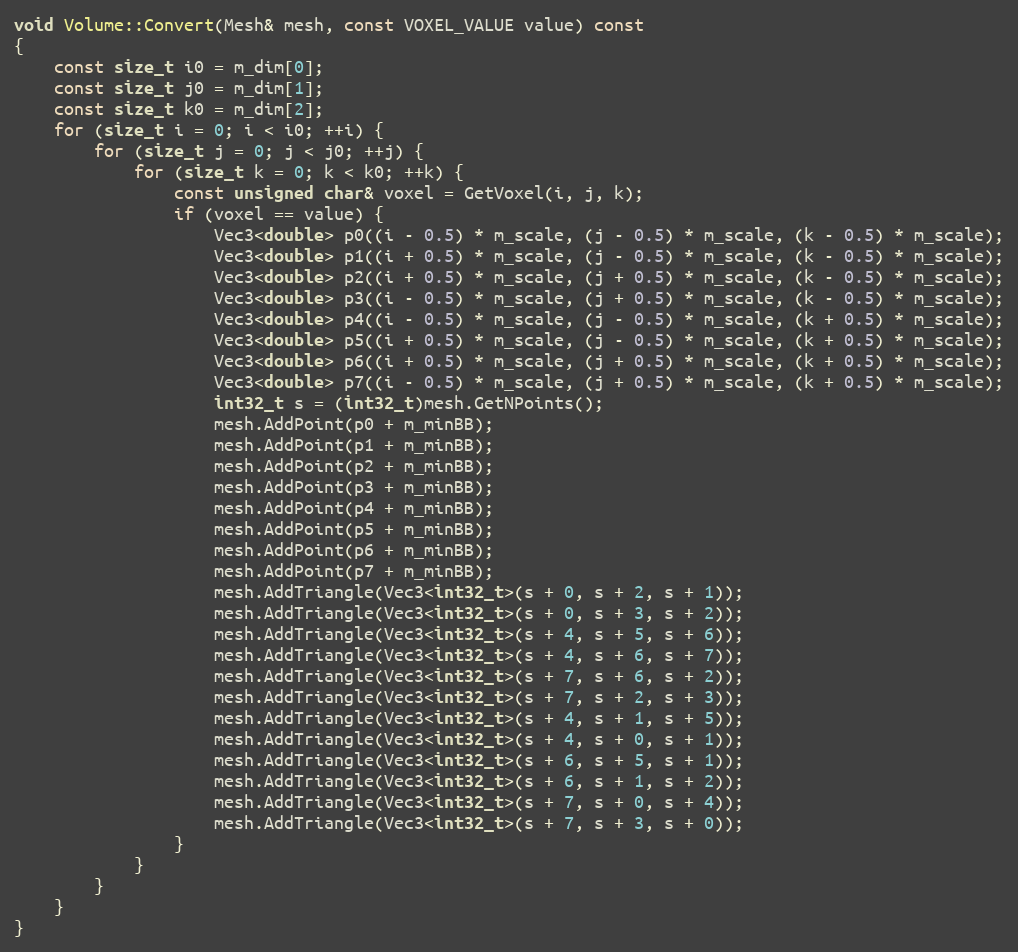
Language: C++
void Volume::Convert(Mesh& mesh, const VOXEL_VALUE value) const
{
    const size_t i0 = m_dim[0];
    const size_t j0 = m_dim[1];
    const size_t k0 = m_dim[2];
    for (size_t i = 0; i < i0; ++i) {
        for (size_t j = 0; j < j0; ++j) {
            for (size_t k = 0; k < k0; ++k) {
                const unsigned char& voxel = GetVoxel(i, j, k);
                if (voxel == value) {
                    Vec3<double> p0((i - 0.5) * m_scale, (j - 0.5) * m_scale, (k - 0.5) * m_scale);
                    Vec3<double> p1((i + 0.5) * m_scale, (j - 0.5) * m_scale, (k - 0.5) * m_scale);
                    Vec3<double> p2((i + 0.5) * m_scale, (j + 0.5) * m_scale, (k - 0.5) * m_scale);
                    Vec3<double> p3((i - 0.5) * m_scale, (j + 0.5) * m_scale, (k - 0.5) * m_scale);
                    Vec3<double> p4((i - 0.5) * m_scale, (j - 0.5) * m_scale, (k + 0.5) * m_scale);
                    Vec3<double> p5((i + 0.5) * m_scale, (j - 0.5) * m_scale, (k + 0.5) * m_scale);
                    Vec3<double> p6((i + 0.5) * m_scale, (j + 0.5) * m_scale, (k + 0.5) * m_scale);
                    Vec3<double> p7((i - 0.5) * m_scale, (j + 0.5) * m_scale, (k + 0.5) * m_scale);
                    int32_t s = (int32_t)mesh.GetNPoints();
                    mesh.AddPoint(p0 + m_minBB);
                    mesh.AddPoint(p1 + m_minBB);
                    mesh.AddPoint(p2 + m_minBB);
                    mesh.AddPoint(p3 + m_minBB);
                    mesh.AddPoint(p4 + m_minBB);
                    mesh.AddPoint(p5 + m_minBB);
                    mesh.AddPoint(p6 + m_minBB);
                    mesh.AddPoint(p7 + m_minBB);
                    mesh.AddTriangle(Vec3<int32_t>(s + 0, s + 2, s + 1));
                    mesh.AddTriangle(Vec3<int32_t>(s + 0, s + 3, s + 2));
                    mesh.AddTriangle(Vec3<int32_t>(s + 4, s + 5, s + 6));
                    mesh.AddTriangle(Vec3<int32_t>(s + 4, s + 6, s + 7));
                    mesh.AddTriangle(Vec3<int32_t>(s + 7, s + 6, s + 2));
                    mesh.AddTriangle(Vec3<int32_t>(s + 7, s + 2, s + 3));
                    mesh.AddTriangle(Vec3<int32_t>(s + 4, s + 1, s + 5));
                    mesh.AddTriangle(Vec3<int32_t>(s + 4, s + 0, s + 1));
                    mesh.AddTriangle(Vec3<int32_t>(s + 6, s + 5, s + 1));
                    mesh.AddTriangle(Vec3<int32_t>(s + 6, s + 1, s + 2));
                    mesh.AddTriangle(Vec3<int32_t>(s + 7, s + 0, s + 4));
                    mesh.AddTriangle(Vec3<int32_t>(s + 7, s + 3, s + 0));
                }
            }
        }
    }
}